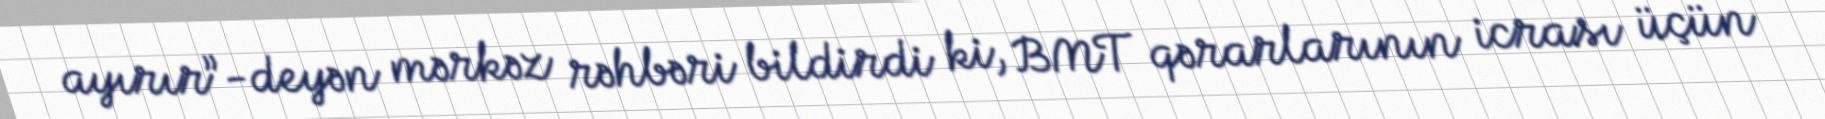
ayırır”-deyən mərkəz rəhbəri bildirdi ki, BMT qərarlarının icrası üçün